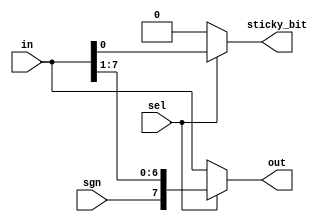
module airi5c_rshifter_static
#(
    parameter       n       = 8,
    parameter       offset  = 1
)
(
    input       [n-1:0] in,
    input               sel,
    input               sgn,

    output  reg [n-1:0] out,
    output  reg         sticky_bit
);

    always @(*) begin
        if (sel) begin
            out         = {{offset{sgn}}, in[n-1:offset]};
            sticky_bit  = |in[offset-1:0];
        end

        else begin
            out         = in;
            sticky_bit  = 1'b0;
        end
    end

endmodule